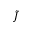
\tilde { J }